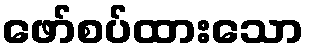
ဖော်စပ်ထားသော